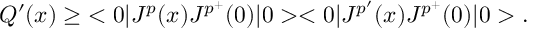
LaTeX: Q ^ { \prime } ( x ) \geq \; < 0 | J ^ { p } ( x ) J ^ { p ^ { + } } ( 0 ) | 0 > < 0 | J ^ { p ^ { \prime } } ( x ) J ^ { p ^ { + } } ( 0 ) | 0 > .